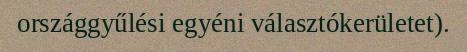
országgyűlési egyéni választókerületet).